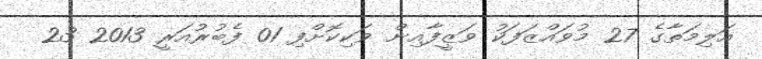
އަލިމަތާގެ 27 މުވައްޒަފަކު ވަޒީފާއިން ވަކިކޮށްފި 01 ފެބުރުއަރީ 2013 23